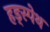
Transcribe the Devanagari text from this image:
हड्स्पेथ